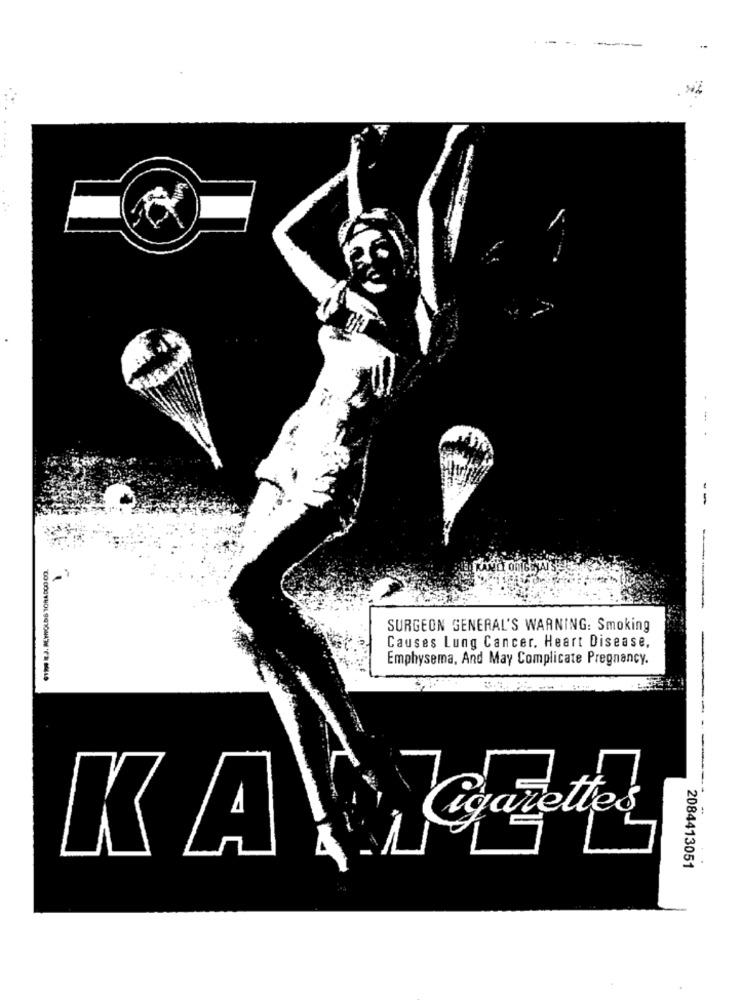
-
--
SURGEON GENERAL'S WARNING: Smoking
Causes Lung Cancer. Heart Disease.
Emphysema, And May Complicate Pregnancy.
--------
Cigarettes
KA
2084413051